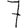
Digit: 7